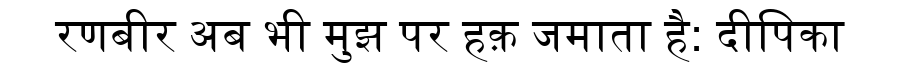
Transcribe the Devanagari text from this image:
रणबीर अब भी मुझ पर हक़ जमाता है: दीपिका